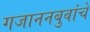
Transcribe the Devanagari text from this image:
गजाननबुवांचे